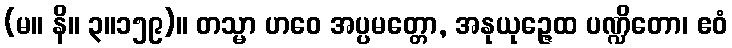
(မ။ နိ။ ၃။၁၅၉)။ တသ္မာ ဟဝေ အပ္ပမတ္တော, အနုယုဉ္ဇေထ ပဏ္ဍိတော၊ ဧဝံ